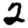
Digit: 2